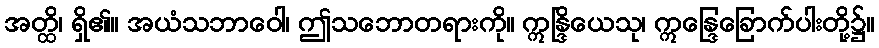
အတ္ထိ၊ ရှိ၏။ အယံသဘာဝေါ၊ ဤသဘောတရားကို။ ဣန္ဒြိယေသု၊ ဣန္ဒြေခြောက်ပါးတို့၌။